Source: Handwritten
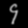
Digit: ၄ (4)